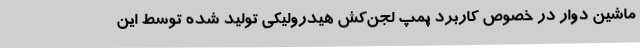
ماشین دوار در خصوص کاربرد پمپ لجن‌کش هیدرولیکی تولید شده توسط این